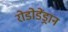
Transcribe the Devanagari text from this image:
रोडोडेंड्रान